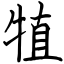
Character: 犆